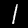
Digit: 1